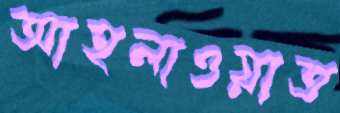
আহলাওয়াত